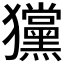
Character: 𤣞